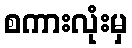
စကားလုံးမှ